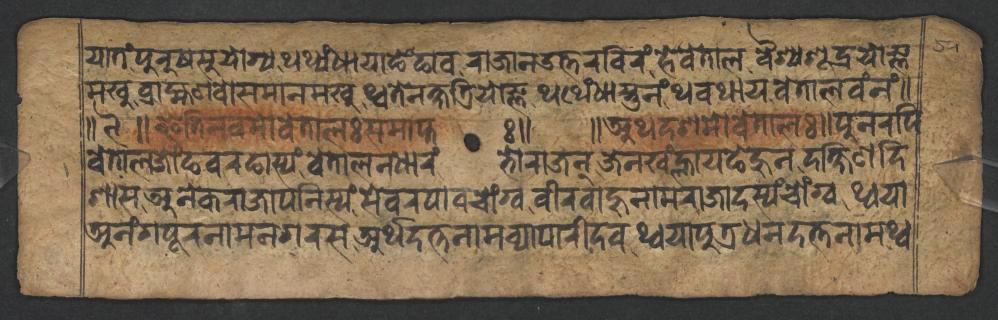
𑐫𑐵𑐟𑑄𑐥𑐸𑐬𑐸𑐲𑐳𑐸𑐫𑑀𑐐𑑂𑐫𑐠𑐠𑑂𑐫𑑄𑐢𑐵𑐫𑐵𑐒𑐾𑑄𑐒𑐵𑐰𑐬𑐵𑐖𑐵𑐣𑑁𑐟𑑂𑐟𑐬𑐧𑐶𑐬𑑄𑐴𑐾𑐰𑐾𑐟𑐵𑐮𑐰𑐿𑐱𑑂𑐫𑐱𑐹𑐡𑑂𑐬𑐫𑑀𑐖𑑂𑐘 𑐩𑐏𑐸𑐧𑑂𑐬𑐵𑐴𑑂𑐩𑐞𑐰𑑀𑐳𑐩𑐵𑐣𑐩𑐏𑐸𑐠𑑂𑐰𑐟𑐾𑐣𑐎𑑂𑐲𑐟𑑂𑐬𑐶𑐫𑑀𑐖𑑂𑐘𑐠𑐠𑐾𑑄𑐢𑐵𑐳𑑂𑐟𑐸𑐣𑑄𑐠𑐰𑐠𑐵𑐫𑐰𑐾𑐟𑐵𑐮𑐰𑑄𑐣𑑄𑑌 𑑌𑑙𑑌𑐂𑐟𑐶𑐣𑐰𑐩𑑀𑐰𑐾𑐟𑐵𑐮𑑅𑐳𑐩𑐵𑐥𑑂𑐟𑑅𑑌 𑑌𑐀𑐠𑐡𑐱𑐩𑑀𑐰𑐾𑐟𑐵𑐮𑑅𑑌𑐥𑐸𑐣𑐬𑐥𑐶 𑐰𑐾𑐟𑐵𑐮𑐖𑑀𑑄𑐒𑐰𑐬𑐒𑐵𑐳𑑂𑐫𑑄𑐰𑐾𑐟𑐵𑐮𑐣𑐢𑐵𑐬𑑄𑐨𑑀𑐬𑐵𑐖𑐣𑑂𑐖𑐾𑐣𑐏𑑄𑐮𑑂𑐴𑐵𑐫𑐒𑐾𑐴𑐸𑐣𑐡𑐎𑑂𑐲𑐶𑐞𑐡𑐶 𑐱𑐵𑐳𑐀𑐣𑐾𑐎𑐬𑐵𑐖𑐵𑐥𑐣𑐶𑐳𑑂𑐫𑑄𑐳𑐾𑐰𑐬𑐥𑐵𑐰𑐔𑑀𑑄𑐐𑑂𑐰𑐰𑐷𑐬𑐧𑐵𑐴𑐸𑐣𑐵𑐩𑐬𑐵𑐖𑐵𑐡𑐳𑑂𑐫𑑄𑐔𑑀𑑄𑐐𑑂𑐰𑐠𑑂𑐰𑐫𑐵 𑐀𑐣𑑄𑐐𑐥𑐹𑐬𑐣𑐵𑐩𑐣𑐐𑐬𑐳𑐀𑐬𑑂𑐠𑐡𑐟𑑂𑐟𑐣𑐵𑐩𑐰𑑂𑐫𑐵𑐥𑐵𑐬𑐷𑐡𑐰𑐠𑑂𑐰𑐫𑐵𑐥𑐸𑐟𑑂𑐬𑐢𑐣𑐡𑐟𑑂𑐟𑐣𑐵𑐩𑐠𑑂𑐰